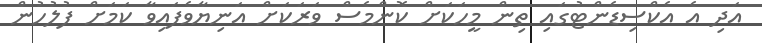
އަދި އެ އެކްސިޑެންޓުގައި ތިން މީހަކަށް ކޮންމެސް ވަރަކަށް އަނިޔާވެފައިވާ ކަމަށް ފުލުހުން